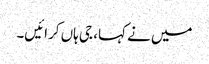
میں نے کہا، جی ہاں کرائیں۔